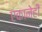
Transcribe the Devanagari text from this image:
एकानेही